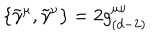
\{ \tilde { \gamma } ^ { \mu } , \tilde { \gamma } ^ { \nu } \} = 2 g _ { ( d - 2 ) } ^ { \mu \nu }